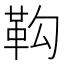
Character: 䩓